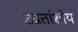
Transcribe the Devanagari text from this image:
उन्नतांशीय